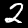
Label: 2